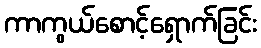
ကာကွယ်စောင့်ရှောက်ခြင်း